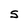
Character: S